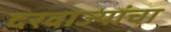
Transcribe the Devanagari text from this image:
दरवाज्यांचा